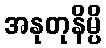
အနုတုနိမ္ပိ